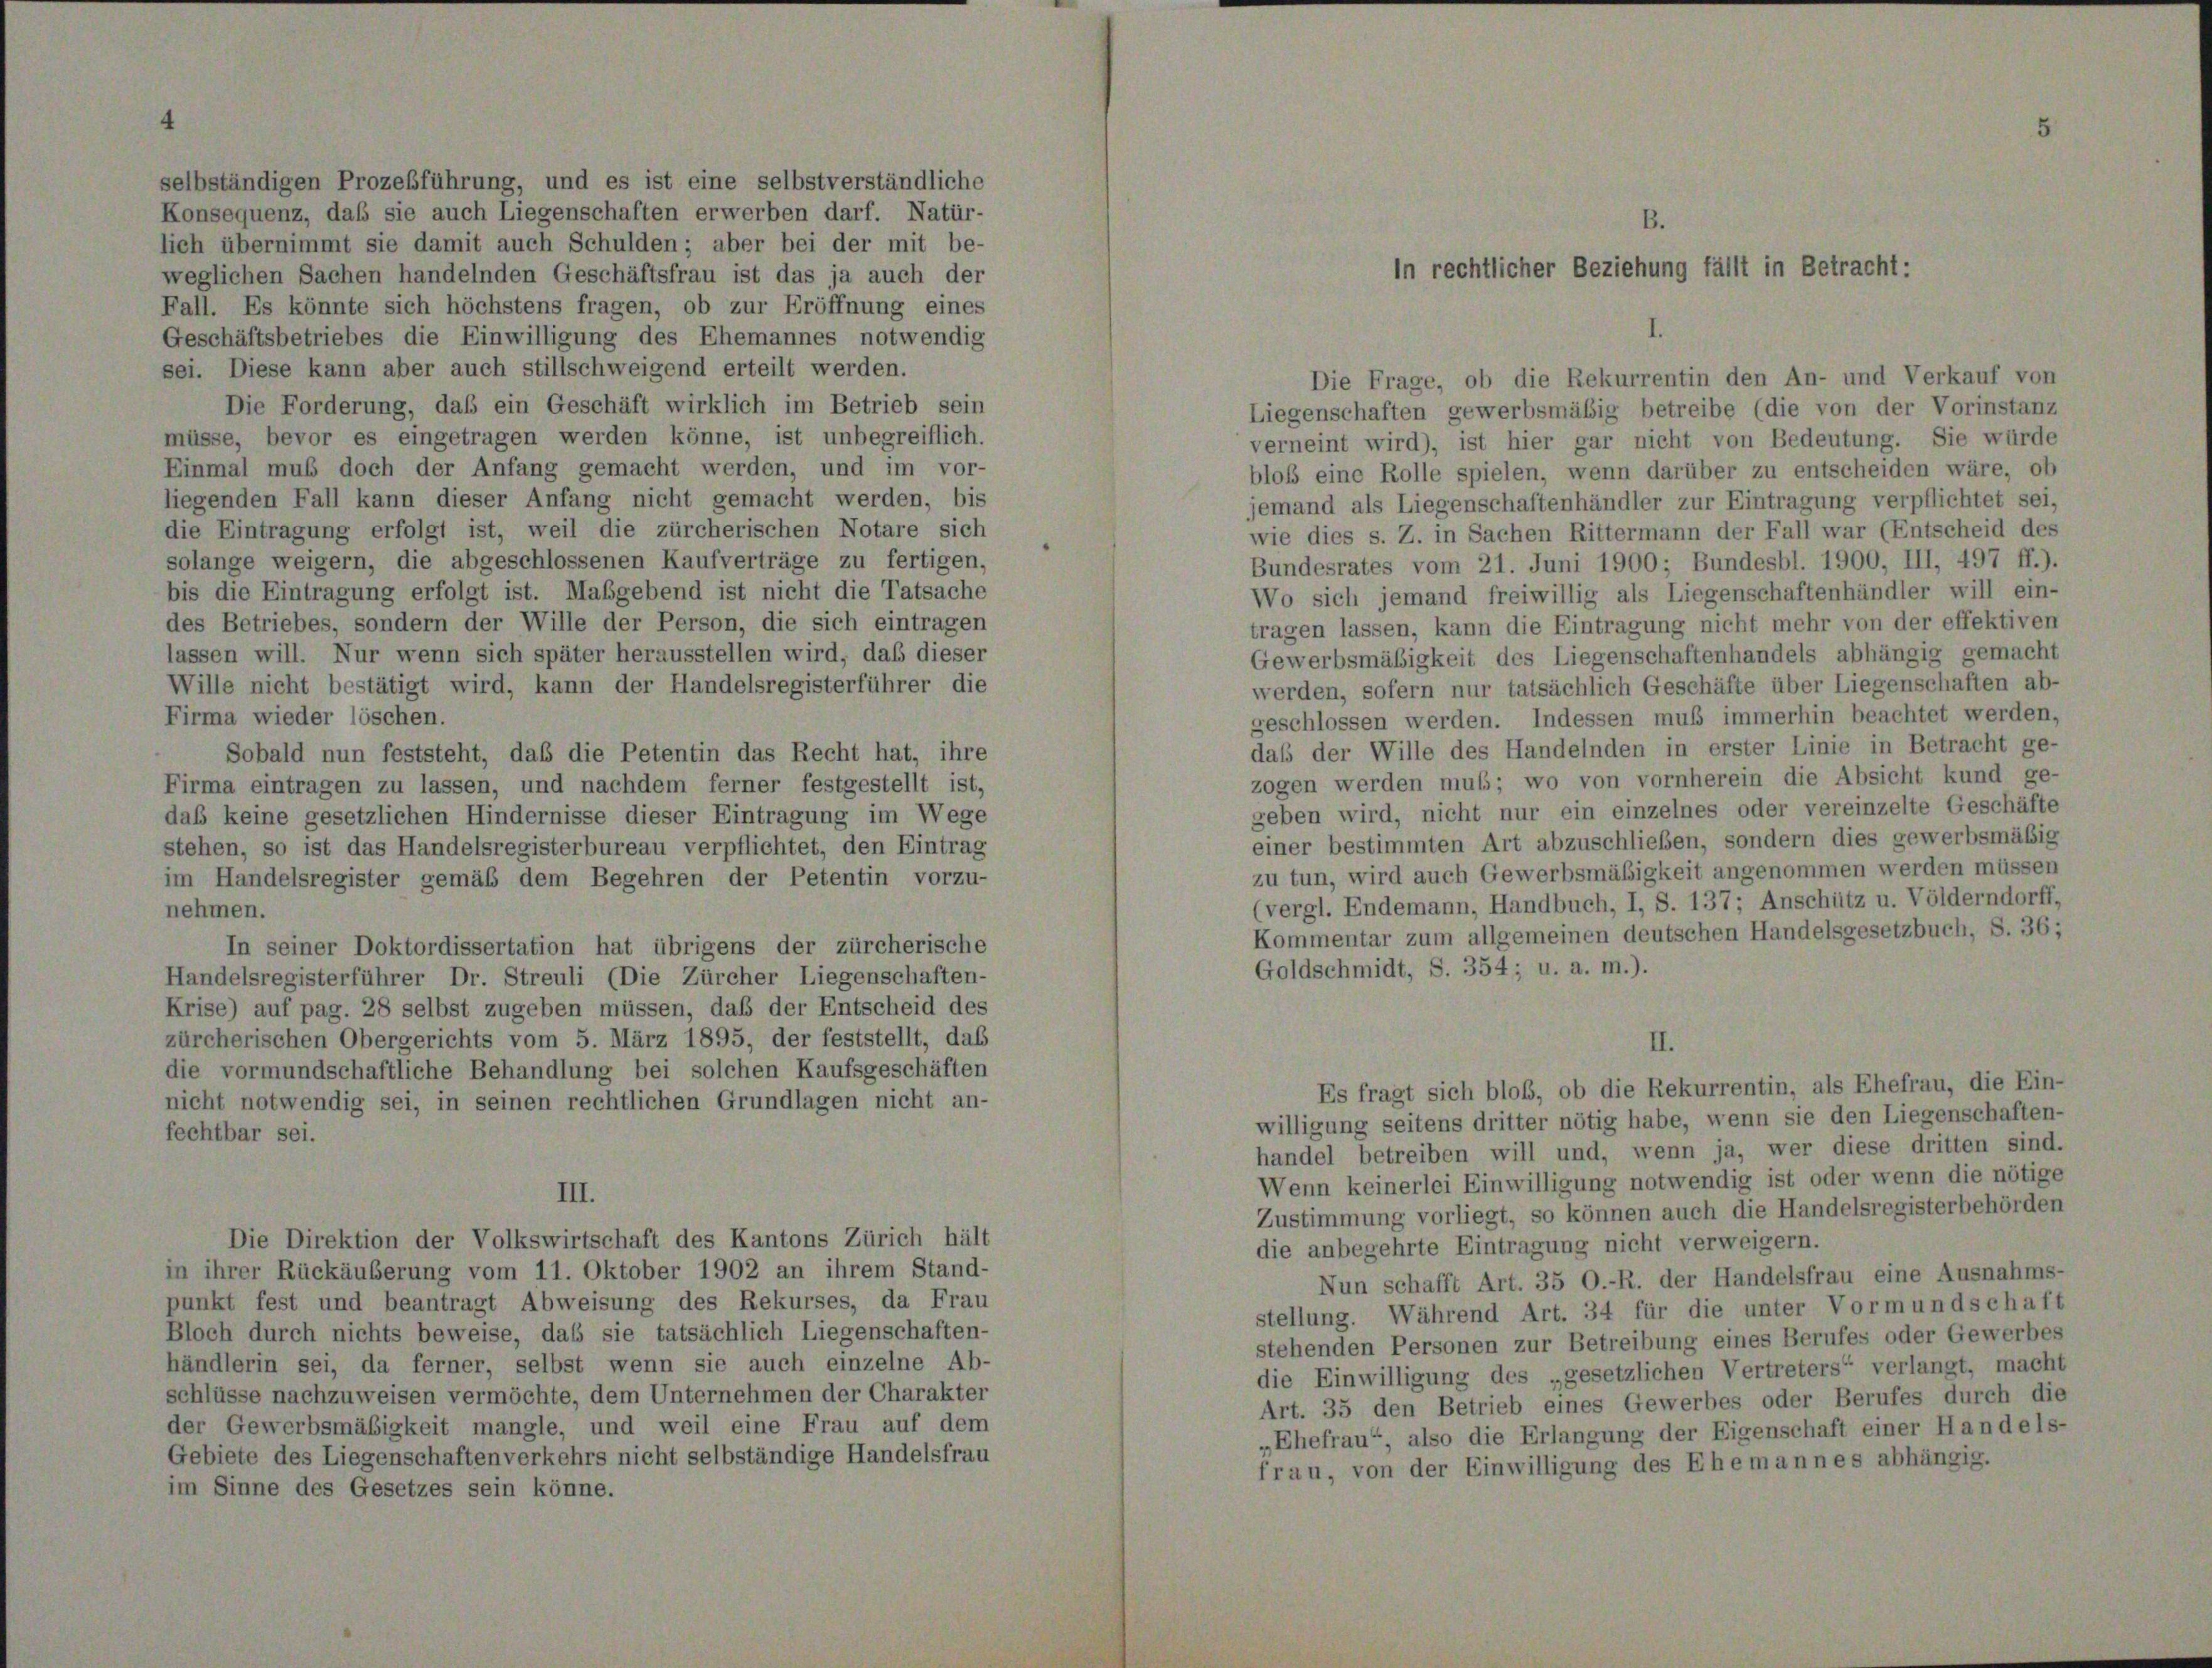
selbständigen Prozeßführung, und es ist eine selbstverständliche
Konsequenz, daß sie auch Liegenschaften erwerben darf. Natür-
B.
lich übernimmt sie damit auch Schulden; aber bei der mit be-
weglichen Sachen handelnden Geschäftsfrau ist das ja auch der
Fall. Es könnte sich höchstens fragen, ob zur Eröffnung eines
Geschäftsbetriebes die Einwilligung des Ehemannes notwendig
sei. Diese kann aber auch stillschweigend erteilt werden.
Die Forderung, daß ein Geschäft wirklich im Betrieb sein
Liegenschaften gewerbsmäßig betreibe (die von der Vorinstanz
müsse, bevor es eingetragen werden könne, ist unbegreiflich.
verneint wird), ist hier gar nicht von Bedeutung. Sie würde
Einmal muß doch der Anfang gemacht werden, und im vor-
bloß eine Rolle spielen, wenn darüber zu entscheiden wäre, ob
liegenden Fall kann dieser Anfang nicht gemacht werden, bis
jemand als Liegenschaftenhändler zur Eintragung verpflichtet sei,
die Eintragung erfolgt ist, weil die zürcherischen Notare sich
wie dies s. Z. in Sachen Rittermann der Fall war (Entscheid des
solange weigern, die abgeschlossenen Kaufverträge zu fertigen,
Bundesrates vom 21. Juni 1900; Bundesbl. 1900, III, 497 ff.).
bis die Eintragung erfolgt ist. Maßgebend ist nicht die Tatsache
Wo sich jemand freiwillig als Liegenschaftenhändler will ein-
des Betriebes, sondern der Wille der Person, die sich eintragen
tragen lassen, kann die Eintragung nicht mehr von der effektiven
lassen will. Nur wenn sich später herausstellen wird, daß dieser
Gewerbsmäßigkeit des Liegenschaftenhandels abhängig gemacht
Wille nicht bestätigt wird, kann der Handelsregisterführer die
werden, sofern nur tatsächlich Geschäfte über Liegenschaften ab-
Firma wieder löschen.
geschlossen werden. Indessen muß immerhin beachtet werden,
daß der Wille des Handelnden in erster Linie in Betracht ge-
Sobald nun feststeht, daß die Petentin das Recht hat, ihre
zogen werden muß; wo von vornherein die Absicht kund ge-
Firma eintragen zu lassen, und nachdem ferner festgestellt ist,
geben wird, nicht nur ein einzelnes oder vereinzelte Geschäfte
daß keine gesetzlichen Hindernisse dieser Eintragung im Wege
einer bestimmten Art abzuschließen, sondern dies gewerbsmäßig
stehen, so ist das Handelsregisterbureau verpflichtet, den Eintrag
zu tun, wird auch Gewerbsmäßigkeit angenommen werden müssen
im Handelsregister gemäß dem Begehren der Petentin vorzu-
vergl. Endemann, Handbuch, I, S. 137; Anschütz u. Völderndorff,
nehmen.
Kommentar zum allgemeinen deutschen Handelsgesetzbuch, S. 36;
In seiner Doktordissertation hat übrigens der zürcherische
Goldschmidt, S. 354; u. a. m.).
Handelsregisterführer Dr. Streuli (Die Zürcher Liegenschaften-
Krise) auf pag. 28 selbst zugeben müssen, daß der Entscheid des
zürcherischen Obergerichts vom 5. März 1895, der feststellt, das
II.
die vormundschaftliche Behandlung bei solchen Kaufsgeschäften
Es fragt sich bloß, ob die Rekurrentin, als Ehefrau, die Ein-
nicht notwendig sei, in seinen rechtlichen Grundlagen nicht an-
willigung seitens dritter nötig habe, wenn sie den Liegenschaften-
fechtbar sei.

Die Direktion der Volkswirtschaft des Kantons Zürich hält

in ihrer Rückäuberung vom 11. Oktober 1902 an ihrem Stand-
punkt fest und beantragt Abweisung des Rekurses, da Frau
Bloch durch nichts beweise, daß sie tatsächlich Liegenschaften-
händlerin sei, da ferner, selbst wenn sie auch einzelne Ab-
schlüsse nachzuweisen vermöchte, dem Unternehmen der Charakter
der Gewerbsmäßigkeit mangle, und weil eine Frau auf dem
Gebiete des Liegenschaften verkehrs nicht selbständige Handelsfrau
im Sinne des Gesetzes sein könne.

In rechtlicher Beziehung fällt in Betracht:

Die Frage, ob die Rekurrentin den An- und Verkauf von

handel betreiben will und, wenn ja, wer diese dritten sind.
Wenn keinerlei Einwilligung notwendig ist oder wenn die nötige
Zustimmung vorliegt, so können auch die Handelsregisterbehörden
die anbegehrte Eintragung nicht verweigern.
Nun schafft Art. 35 O.-R. der Handelsfrau eine Ausnahms-
stellung. Während Art. 34 für die unter Vormundschaft
stehenden Personen zur Betreibung eines Berufes oder Gewerbes
die Einwilligung des „gesetzlichen Vertreters“ verlangt, macht
Art. 35 den Betrieb eines Gewerbes oder Berufes durch die
„Ehefrau“, also die Erlangung der Eigenschaft einer Handels-
frau, von der Einwilligung des Ehemannes abhängig.